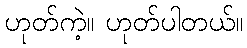
ဟုတ်ကဲ့။ ဟုတ်ပါတယ်။